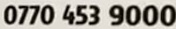
0770 453 9000